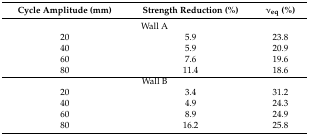
<table><thead><tr><td><b>Cycle Amplitude (mm)</b></td><td><b>Strength Reduction (%)</b></td><td><b><i>ν</i><sub>eq</sub> (%)</b></td></tr></thead><tbody><tr><td colspan="3">Wall A</td></tr><tr><td>20</td><td>5.9</td><td>23.8</td></tr><tr><td>40</td><td>5.9</td><td>20.9</td></tr><tr><td>60</td><td>7.6</td><td>19.6</td></tr><tr><td>80</td><td>11.4</td><td>18.6</td></tr><tr><td colspan="3">Wall B</td></tr><tr><td>20</td><td>3.4</td><td>31.2</td></tr><tr><td>40</td><td>4.9</td><td>24.3</td></tr><tr><td>60</td><td>8.9</td><td>24.9</td></tr><tr><td>80</td><td>16.2</td><td>25.8</td></tr></tbody></table>